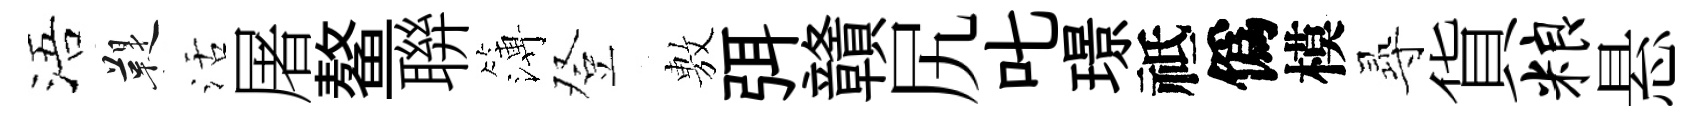
浯鞮活屠鳌聨簿登𢾾弭贛尻叱璟祗僞模𡬶貨粮悬